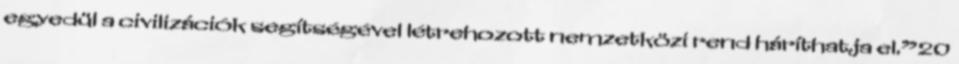
egyedül a civilizációk segítségével létrehozott nemzetközi rend háríthatja el.”20